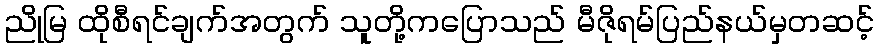
ညိုမြ ထိုစီရင်ချက်အတွက် သူတို့ကပြောသည် မီဇိုရမ်ပြည်နယ်မှတဆင့်